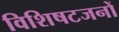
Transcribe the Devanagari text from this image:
विशिषटजनों